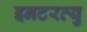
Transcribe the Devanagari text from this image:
इनटरव्यु